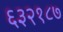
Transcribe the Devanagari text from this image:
६३२१८७